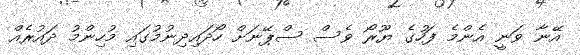
އޭނާ ވަނީ އެންމެ ފަހުގެ ޔޫރޯ ވެސް ސްޕޭނަށް ހޯދައިދިނުމުގައި މުހިންމު ދައުރެއް